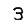
Digit: 3